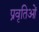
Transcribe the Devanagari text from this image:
प्रवृतिओं